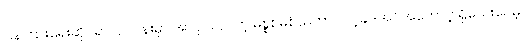
ပြန်ကြားရေးဆိုင်ရာလုပ်ငန်းမှာ အလုပ်လုပ်တဲ့ မစ္စစမစ်သ်ဟာ လင့်ခ်ဒ်အင်အကောင့် ရှိသေးပေမဲ့